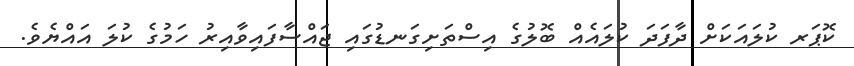
ކޮޕަރ ކުލައަކަށް ދާފަދަ ކުލައެއް ބޮލުގެ އިސްތަށިގަނޑުގައި ޖައްސާފައިވާއިރު ހަމުގެ ކުލަ އައްޔެވެ.